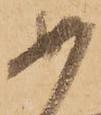
如